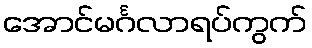
အောင်မင်္ဂလာရပ်ကွက်